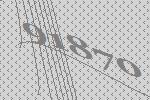
91870